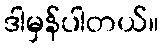
ဒါမှန်ပါတယ်။